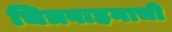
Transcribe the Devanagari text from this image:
चित्रवाहनाची